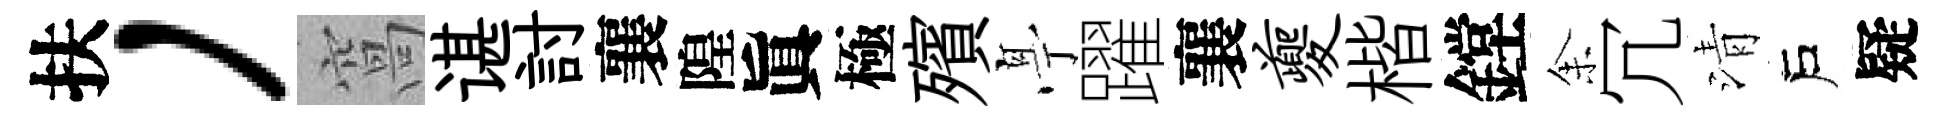
扶，窩谌討襄隍眞極殯𠅘躍襄夔楷鏜𪜬冗清戶疑